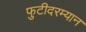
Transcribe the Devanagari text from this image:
फुटीदरम्यान